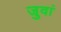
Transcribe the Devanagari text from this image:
जुवां